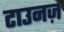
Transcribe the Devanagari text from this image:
टाउनज़